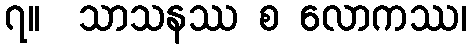
၇။  သာသနဿ စ လောကဿ၊